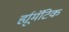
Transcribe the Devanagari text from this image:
र्ह्यूमॅटिक